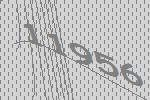
11956